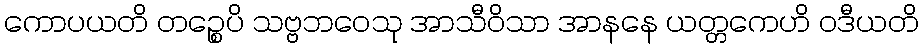
ကောပယတိ တဉ္စေပိ သဗ္ဗဘဝေသု အာသီဝိသာ အာနနေ ယတ္တကေဟိ ဝဒီယတိ